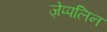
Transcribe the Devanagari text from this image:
ज़ेप्पलिन